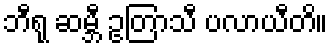
ဘီရု ဆမ္ဘီ ဥတြာသီ ပလာယီတိ။